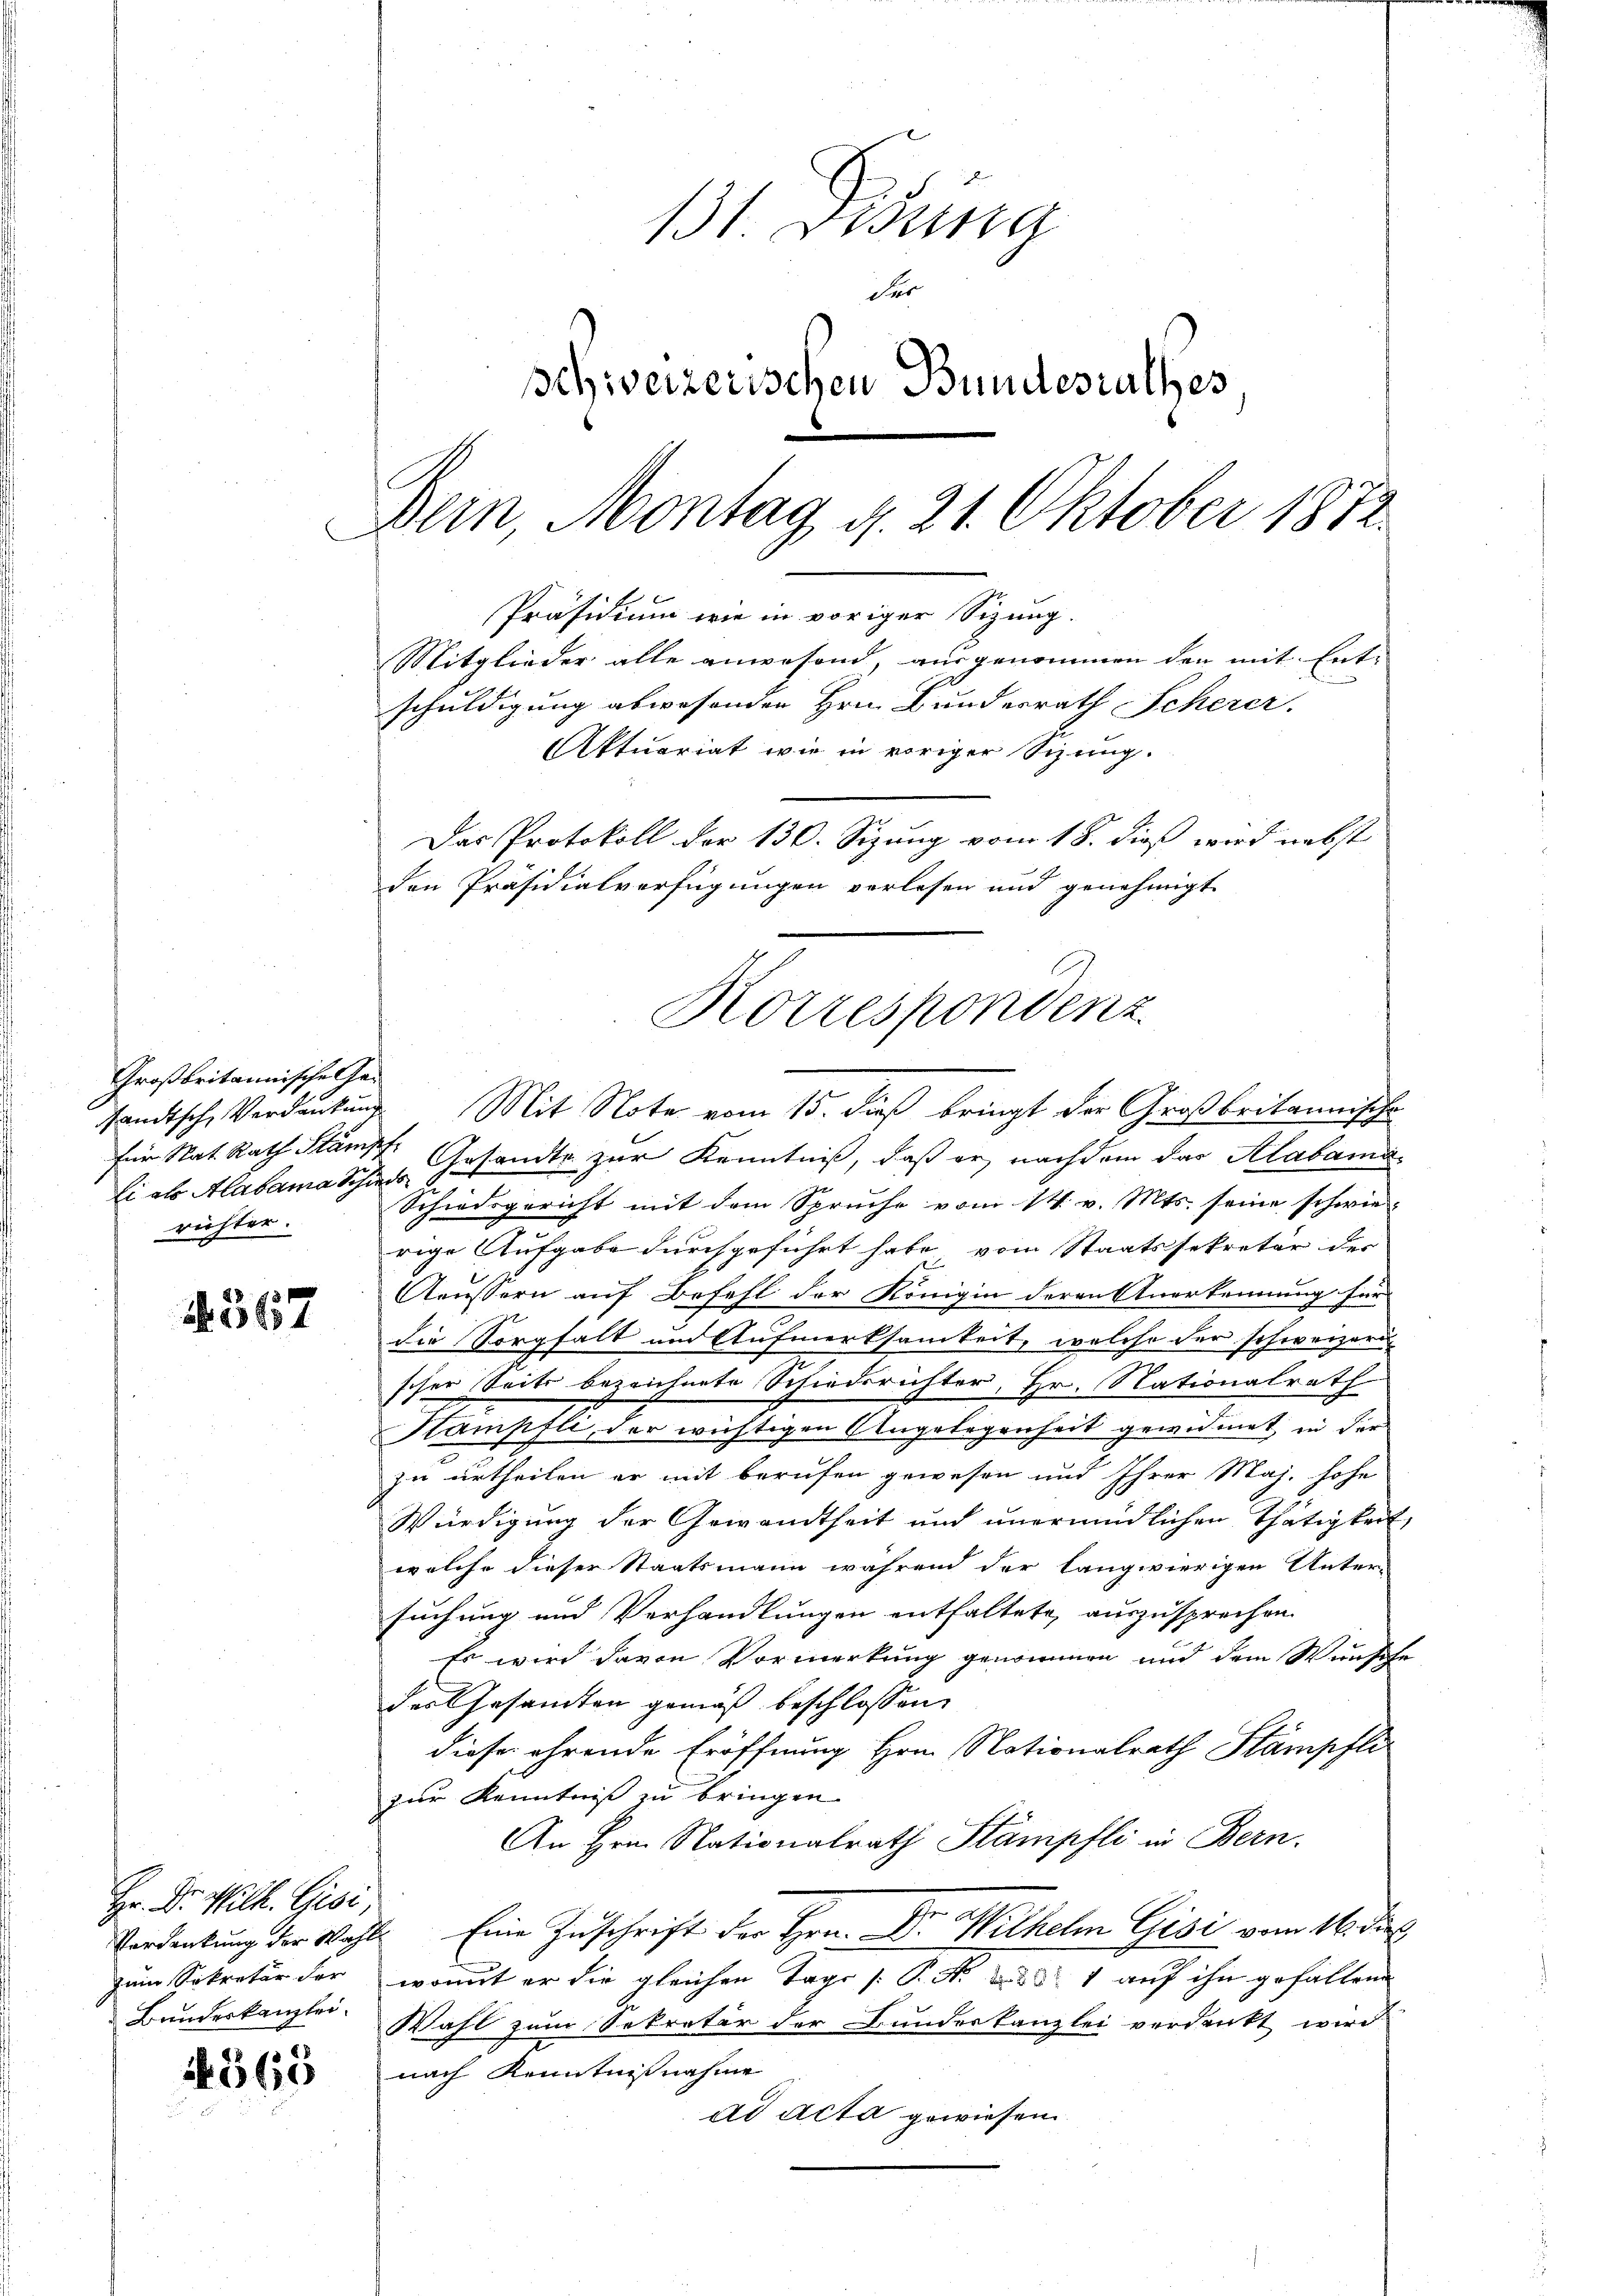
Großbritannische Ge¬
Ei als Alabama Schiede
richter.

367

Hr. Dr. Wilh. Gisi,

1565

.
Präsidium wie in voriger Sizung.
Mitglieder alle anwesend, ausgenommen den mit Ent-

131 Didung
Per
schweizerischen Bundesrathes
Bern, Montag d. 21. Oktober 1872.

schuldigung abwesenden Hrn. Bundesrath Scherer.
Aktuariat wie in voriger Sizung.
Das Protokoll der 130. Sizung vom 18. dieß wird nebst
den Präsidialverfügungen verlesen und genehmigt.
sandtsche Verdankung Mit Note vom 15. Fuß bringt der Großbritannische
für Nat. Rath Stämpf. Gesandte zur Kenntniß, daß er, nachdem das Alabama¬
Schiedsgericht mit dem Spruche vom 14. v. Mts. seine schwie-
rige Aufgabe durchgeführt habe vom Staatssekretär des
Aeussern auf Befehl der Königin deren Anerkennung für
die Sorgfalt und Aufmerksamkeit, welche der schweizeri
scher Seits bezeichnete Schiedsrichter, Hr. Nationalrath
Stampfli, der wichtigen Angelegenheit gewidmet in der
zu urtheilen er mit berufen gewesen und Ihrer Maj. hohe
Würdigung der Gewandtheit und unermüdlichen Thätigkeit
welche dieser Staatsmann während der langwierigen Unter-
suchung und Verhandlungen enthaltete, auszusprechen.
Es wird davon Vormerkung genommen und dem Wunsche
des Gesamten gemäß beschlossen,
diese ehrende Eröffnung Hrn. Nationalrath Stämpfli
zur Kenntniß zu bringen.
An Hrn. Nationalrath Stämpfli in Bern.
Verdankung der Wahl Eine Zuschrift der Hrn. Dr. Wilhelm Gisi vom 16. di
zum Sekretär der womit er die gleichen Tage [P. Nr. 351 auf ihn gefallene
Bundeskanzlei. Wahl zum Sekretär der Bundeskanzlei verdankt wird
nach Kenntnißnahme
ad acta gewiesen

Korrespondenz